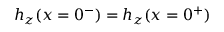
{ h _ { z } ( x = 0 ^ { - } ) = h _ { z } ( x = 0 ^ { + } ) }